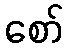
စော်